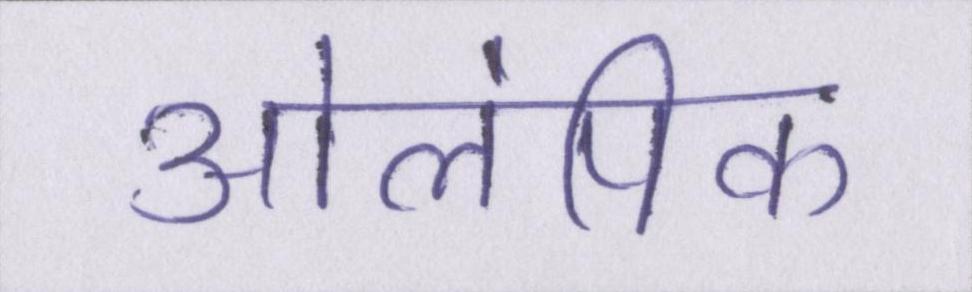
ओलंपिक